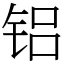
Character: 铝